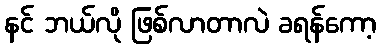
နင် ဘယ်လို ဖြစ်လာတာလဲ ခရန်ကော့